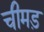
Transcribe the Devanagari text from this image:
चीमड़